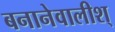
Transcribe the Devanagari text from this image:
बनानेवालीश्